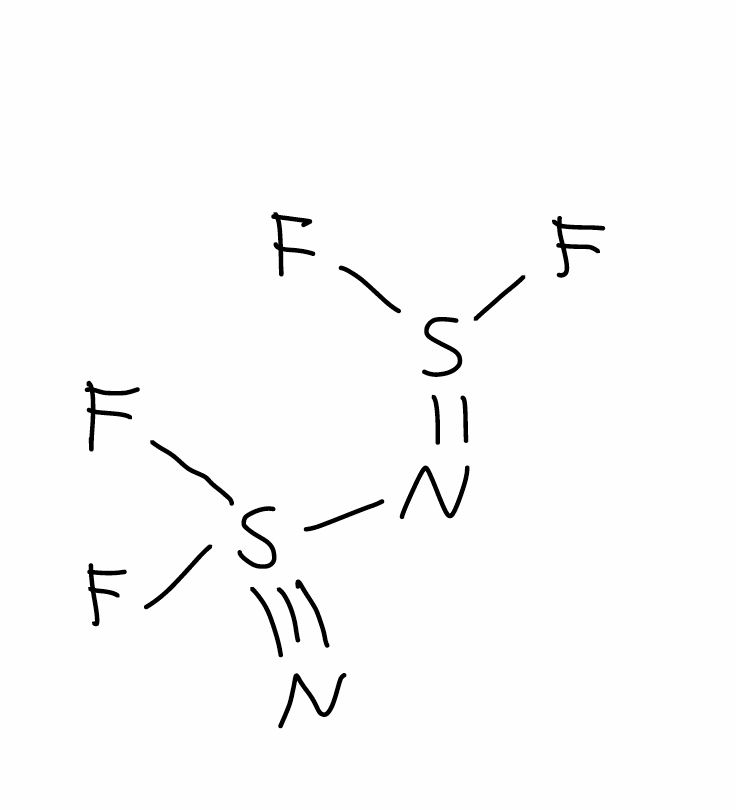
Simplified molecular-input line-entry system (SMILES) notation of the given molecule:
N#S(N=S(F)F)(F)F